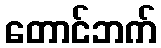
တောင်ဘက်